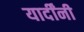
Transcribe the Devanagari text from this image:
यार्दींनी